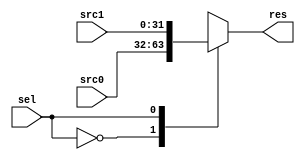
module MUX1 (
    input [31:0] src0,
    input [31:0] src1,
    input sel,
    output reg [31:0] res
);
    always @(*) begin
        case (sel)
            0: res=src0;
            1: res=src1;
        endcase
    end
endmodule

module MUX2 (
    input [31:0] src0,
    input [31:0] src1,
    input [31:0] src2,
    input [31:0] src3,
    input [1:0] sel,
    output reg [31:0] res
);
    always @(*) begin
        case (sel)
            2'h0: res=src0;
            2'h1: res=src1;
            2'h2: res=src2;
            2'h3: res=src3;
        endcase
    end
endmodule